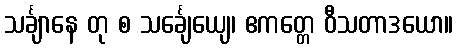
သင်္ချာနေ တု စ သင်္ချေယျေ၊ ဧကတ္တေ ဝီသတာဒယော။